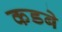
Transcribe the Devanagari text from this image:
कडबे